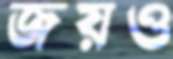
জয়ও